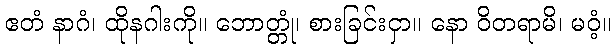
ဧတံ နာဂံ၊ ထိုနဂါးကို။ ဘောတ္တုံ၊ စားခြင်းငှာ။ နော ဝိတရာမိ၊ မဝံ့။